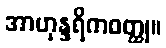
အာဟုန္ဒရိကဝတ္ထု။